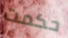
حكمت